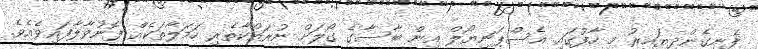
ފެނިގެންދިޔައިރު މި ހާފުގައި އެސްޕަނިޔޯލް އިން ބާސާގެ ގޯލަށް ނުރައްކާތެރި ހަމަލާތަކެއް ފޮނުވާލާފައިވެއެވެ.